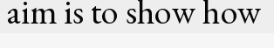
aim is to show how